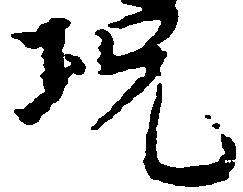
況